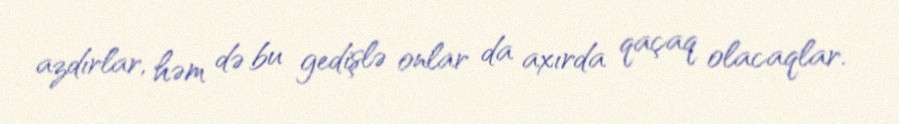
azdırlar, həm də bu gedişlə onlar da axırda qaçaq olacaqlar.